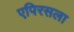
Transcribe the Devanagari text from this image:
एपिरसला